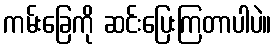
ကမ်းခြေကို ဆင်းပြေးကြတာပါပဲ။